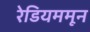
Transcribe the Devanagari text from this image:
रेडियममून